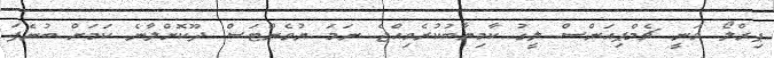
ޕިރްލޯ ވަނީ ޗެމްޕިއަންސް ލީގު ކާމިޔާބުކުރެވިއްޖެ ނަމަ ޔުވެންޓަސް ދޫކޮށްލާނެ ކަމަށް ބުނެފަ